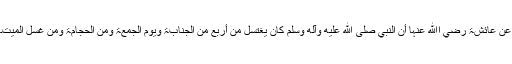
عَنْ عَائِشَۃَ رضي اﷲ عنہا أَنَّ النَّبِيَّ صلى الله عليه وآله وسلم کَانَ یَغْتَسِلُ مِنْ أَرْبَعٍ مِنَ الْجَنَابَۃِ وَیَوْمَ الْجُمُعَۃِ وَمِنَ الْحِجَامَۃِ وَمِنْ غُسْلِ الْمَیِّتِ۔